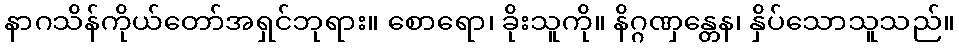
နာဂသိန်ကိုယ်တော်အရှင်ဘုရား။ စောရော၊ ခိုးသူကို။ နိဂ္ဂဏှန္တေန၊ နှိပ်သောသူသည်။